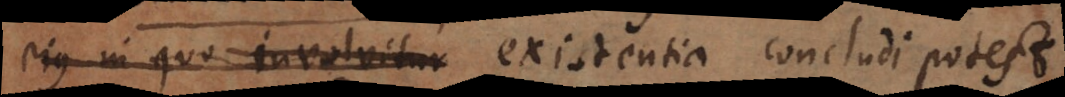
ejus in quo involvitur existentia concludi potest.